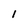
Character: 1